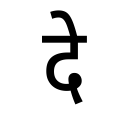
OCR:
दे